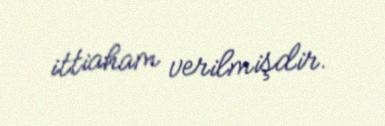
ittiaham verilmişdir.